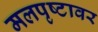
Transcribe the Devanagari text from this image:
मलपृष्टावर